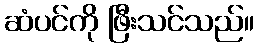
ဆံပင်ကို ဖြီးသင်သည်။